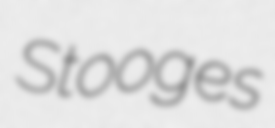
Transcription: Stooges